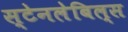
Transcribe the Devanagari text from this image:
स्टेनलेबिल्स